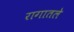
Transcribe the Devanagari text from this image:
रागातले